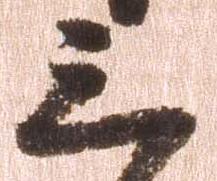
三